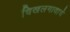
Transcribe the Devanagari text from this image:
चिखलगावाचे